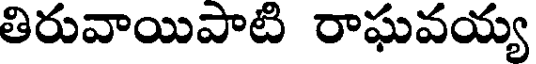
తిరువాయిపాటి రాఘవయ్య